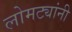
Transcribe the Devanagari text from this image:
लोमट्यांनी